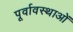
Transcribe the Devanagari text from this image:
पूर्वावस्थाओं